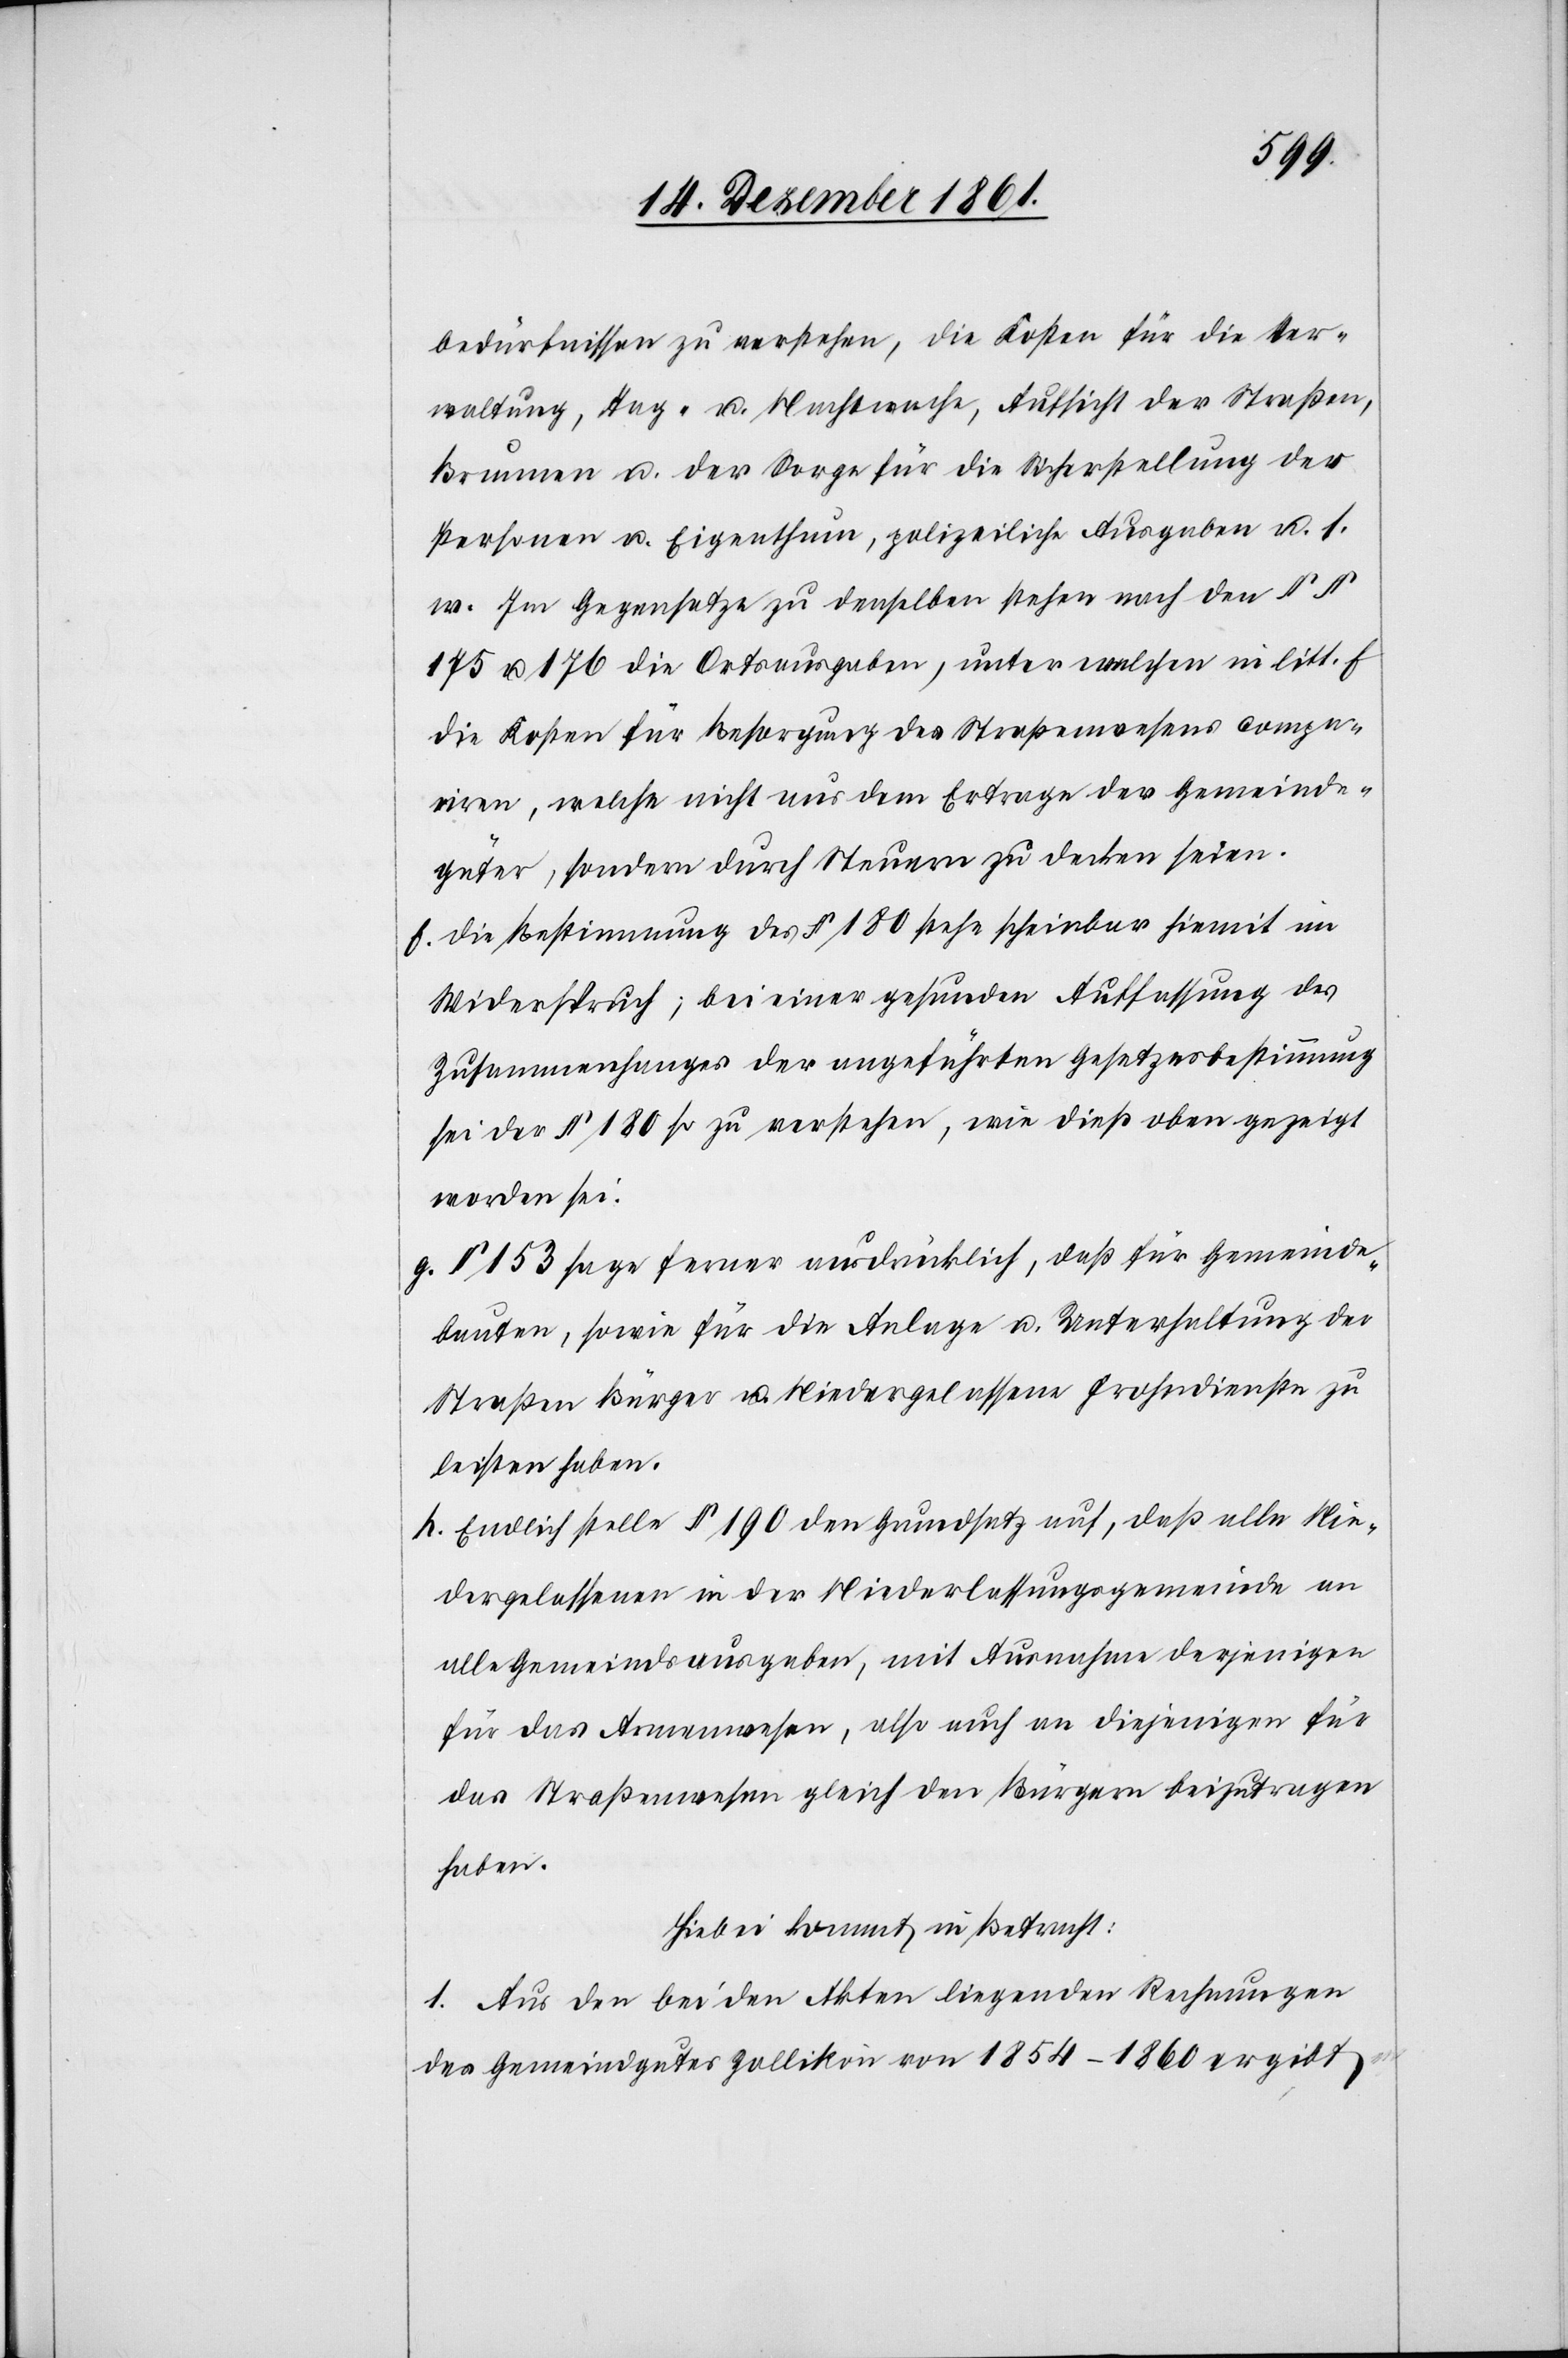
bedürfnissen zu verstehen, die Kosten für die Ver¬
waltung, Tag- u. Nachtwache, Aufsicht der Straßen,
Brunnen u. der Sorge für die Sicherstellung der
Personen u. Eigenthum, polizeiliche Ausgaben u. s.
w. Im Gegensatze zu denselben stehen nach den §§
175 u. 176 die Ortsausgaben, unter welchen in litt. f
die Kosten für Besorgung des Straßenwesens compa¬
riren, welche nicht aus dem Ertrage der Gemeind¬
güter, sondern durch Steuern zu decken seien.
f. Die Bestimmung des § 180 stehe scheinbar hiemit im
Widerspruch; bei einer gesunden Auffassung des
Zusammenhanges der angeführten Gesetzesbestimmung
sei der § 180 so zu verstehen, wie dieß oben gezeigt
worden sei.
g. § 153 sage ferner ausdrücklich, daß für Gemeinde¬
bauten, sowie für die Anlage u. Unterhaltung der
Straßen Bürger u. Niedergelassene Frohndienste zu
leisten haben.
h. Endlich stelle § 190 den Grundsatz auf, daß alle Nie¬
dergelassenen in der Niederlassungsgemeinde an
alle Gemeindsausgaben, mit Ausnahme derjenigen
für das Armenwesen, also auch an diejenigen für
das Straßenwesen gleich den Bürgern beizutragen
haben.
Hiebei kommt in Betracht:
1. Aus den bei den Akten liegenden Rechnungen
des Gemeindgutes Zollikon von 1854–1860 ergibt